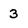
Character: 3